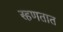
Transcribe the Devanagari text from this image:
स्हणतात